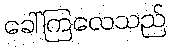
ခေါ်ကြလေသည်